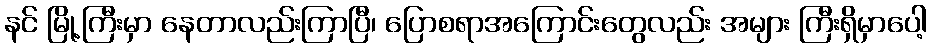
နင် မြို့ကြီးမှာ နေတာလည်းကြာပြီ၊ ပြောစရာအကြောင်းတွေလည်း အများ ကြီးရှိမှာပေါ့